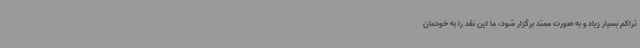
تراکم بسیار زیاد و به صورت ممتد برگزار شود، ما این نقد را به خودمان